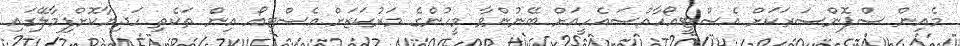
މެއިން ސްޕޮންސަރަކަށް އެސްޓީއޯހާއްސައެހީއަށް ބޭނުންވާ މީހުންގެ މަރުކަޒަށް އެސްޓީއޯ އިން ތަކެތި ހަދިޔާކޮށްފިމާލޭގައި